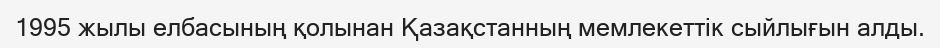
1995 жылы елбасының қолынан Қазақстанның мемлекеттік сыйлығын алды.